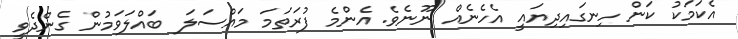
އެކަމަކު ކަން ހިނގައިދިޔައީ އެހެނެއް ނޫނެވެ. އެންމެ ފުރަތަމަ މައްސަލަ ބައްލަވަމުން ގެންދެވީ